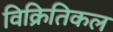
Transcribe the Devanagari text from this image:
विक्रितिकल